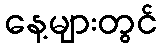
နေ့များတွင်